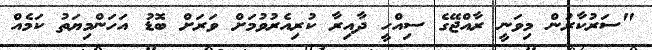
"ސަރުކާރުން މިވަނީ ރާއްޖޭގެ ސިއްހީ ދާއިރާ ކުރިއެރުވުމަށް ވަރަށް ބޮޑު އަހަންމިޔަތު ކަމެއް